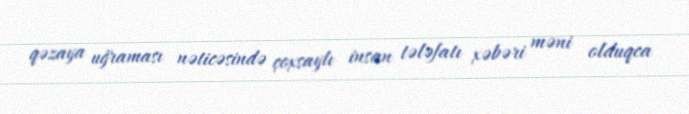
qəzaya uğraması nəticəsində çoxsaylı insan tələfatı xəbəri məni olduqca